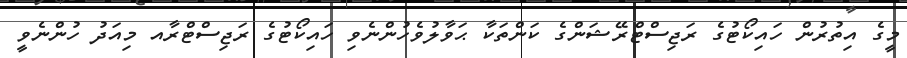
މީގެ އިތުރުން ހައިކޯޓުގެ ރަޖިސްޓްރޭޝަންގެ ކަންތަކާ ޙަވާލުވެހުންނެވި ހައިކޯޓުގެ ރަޖިސްޓްރާއ މިއަދު ހުންނެވީ